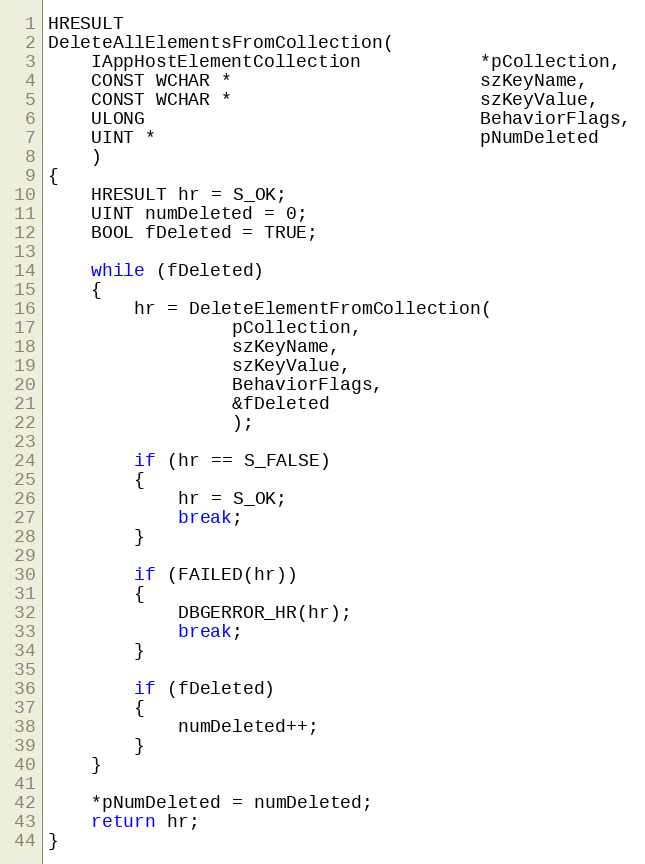
Language: C++
HRESULT
DeleteAllElementsFromCollection(
    IAppHostElementCollection           *pCollection,
    CONST WCHAR *                       szKeyName,
    CONST WCHAR *                       szKeyValue,
    ULONG                               BehaviorFlags,
    UINT *                              pNumDeleted
    )
{
    HRESULT hr = S_OK;
    UINT numDeleted = 0;
    BOOL fDeleted = TRUE;

    while (fDeleted)
    {
        hr = DeleteElementFromCollection(
                 pCollection,
                 szKeyName,
                 szKeyValue,
                 BehaviorFlags,
                 &fDeleted
                 );

        if (hr == S_FALSE)
        {
            hr = S_OK;
            break;
        }

        if (FAILED(hr))
        {
            DBGERROR_HR(hr);
            break;
        }

        if (fDeleted)
        {
            numDeleted++;
        }
    }

    *pNumDeleted = numDeleted;
    return hr;
}